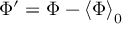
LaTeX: \Phi ^ { \prime } = \Phi - \left\langle \Phi \right\rangle _ { 0 }